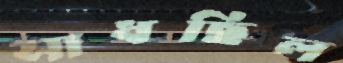
সাধছিল